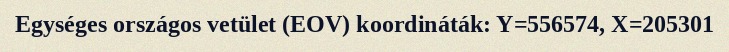
Egységes országos vetület (EOV) koordináták: Y=556574, X=205301